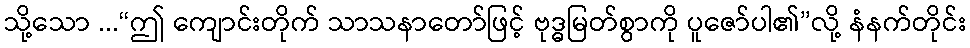
သို့သော ...“ဤ ကျောင်းတိုက် သာသနာတော်ဖြင့် ဗုဒ္ဓမြတ်စွာကို ပူဇော်ပါ၏”လို့ နံနက်တိုင်း